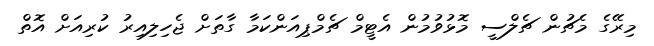
މިރޭގެ މެޗުން ޗެލްސީ މޮޅުވުމުން އެޓީމް ޗެމްޕިއަންކަމާ ގާތަށް ޖެހިލިއިރު ކުރިއަށް އޮތް